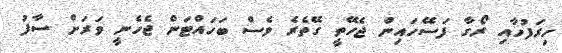
ހިރަފުހާއި ރޯގާ ފަސޭހައިން ޖެހޭތީ ގޭތެރެ ވެސް ބަހައްޓަން ޖެހެނީ ވަރަށް ސާފު